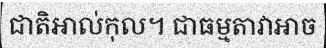
ជាតិអាល់កុល។ ជាធម្មតាវាអាច